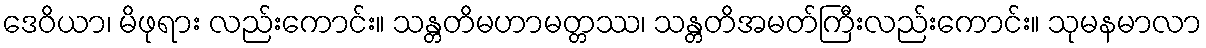
ဒေဝိယာ၊ မိဖုရား လည်းကောင်း။ သန္တတိမဟာမတ္တဿ၊ သန္တတိအမတ်ကြီးလည်းကောင်း။ သုမနမာလာ